Source: Handwritten
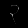
Digit: ၃ (3)